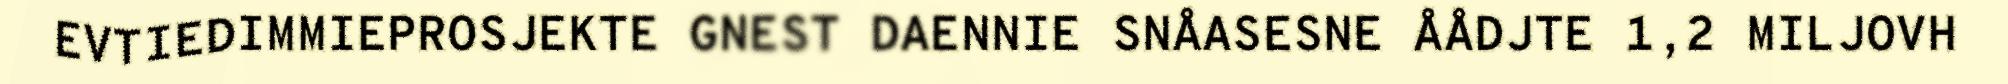
EVTIEDIMMIEPROSJEKTE GNEST DAENNIE SNÅASESNE ÅÅDJTE 1,2 MILJOVH